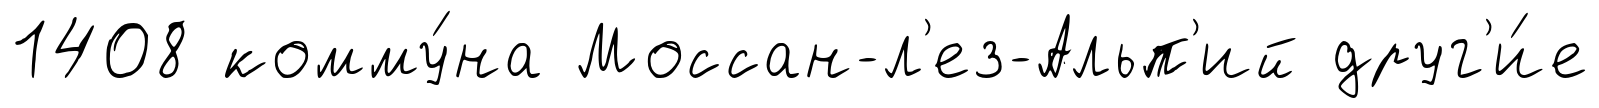
1408 комму́на Моссан-л'ез-Альп'ий друг'и́е